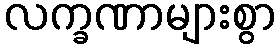
လက္ခဏာများစွာ